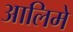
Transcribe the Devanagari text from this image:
आलिमे